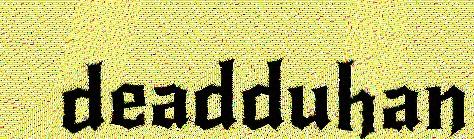
deadduhan